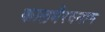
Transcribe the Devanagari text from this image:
कालभैरवनाम